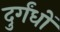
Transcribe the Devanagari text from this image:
दुर्गंधों